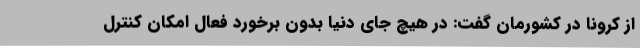
از کرونا در کشورمان گفت: در هیچ جای دنیا بدون برخورد فعال امکان کنترل